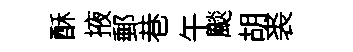
酥掖郵巷午颷胡裘